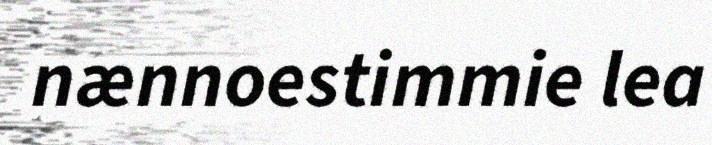
nænnoestimmie lea